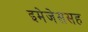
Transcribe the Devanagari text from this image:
इमेजेससह